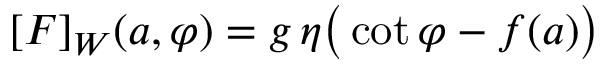
{ [ F ] _ { W } ( a , \varphi ) = g \, \eta \big ( \cot \varphi - f ( a ) \big ) }